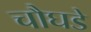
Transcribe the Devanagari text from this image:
चौघडे